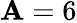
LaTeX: \mathbf{A}=6